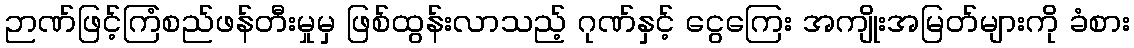
ဉာဏ်ဖြင့်ကြံစည်ဖန်တီးမှုမှ ဖြစ်ထွန်းလာသည့် ဂုဏ်နှင့် ငွေကြေး အကျိုးအမြတ်များကို ခံစား